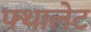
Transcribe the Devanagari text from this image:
फ्थालेट